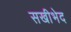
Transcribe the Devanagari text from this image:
सखीभेद